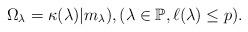
LaTeX: \begin{align*}\Omega_\lambda = \kappa(\lambda)|m_\lambda), (\lambda\in\mathbb{P}, \ell(\lambda)\leq p).\end{align*}